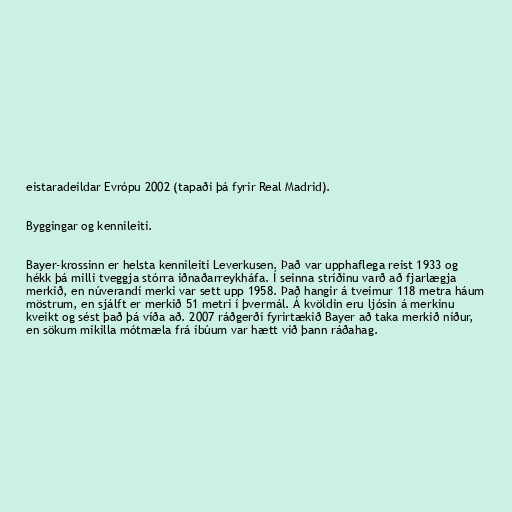
eistaradeildar Evrópu 2002 (tapaði þá fyrir Real Madrid).

Byggingar og kennileiti.

Bayer-krossinn er helsta kennileiti Leverkusen. Það var upphaflega reist 1933 og
hékk þá milli tveggja stórra iðnaðarreykháfa. Í seinna stríðinu varð að fjarlægja
merkið, en núverandi merki var sett upp 1958. Það hangir á tveimur 118 metra háum
möstrum, en sjálft er merkið 51 metri í þvermál. Á kvöldin eru ljósin á merkinu
kveikt og sést það þá víða að. 2007 ráðgerði fyrirtækið Bayer að taka merkið niður,
en sökum mikilla mótmæla frá íbúum var hætt við þann ráðahag.